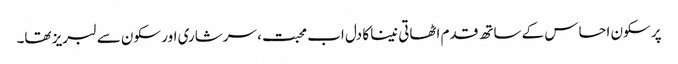
پر سکون احساس کے ساتھ قدم اٹھاتی نینا کا دل اب محبت، سرشاری اور سکون سے لبریز تھا۔